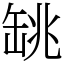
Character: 罀